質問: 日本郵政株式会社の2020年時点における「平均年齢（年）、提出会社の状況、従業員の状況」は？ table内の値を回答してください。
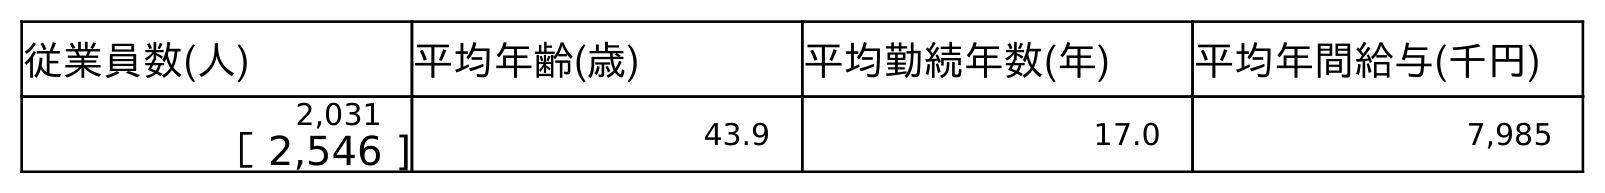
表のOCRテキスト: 従業員数(人) 平均年齢(歳) 平均勤続年数(年) 平均年間給与(千円) 2,031 43.9 17.0 7,985 ［ 2,546 ]
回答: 43.9